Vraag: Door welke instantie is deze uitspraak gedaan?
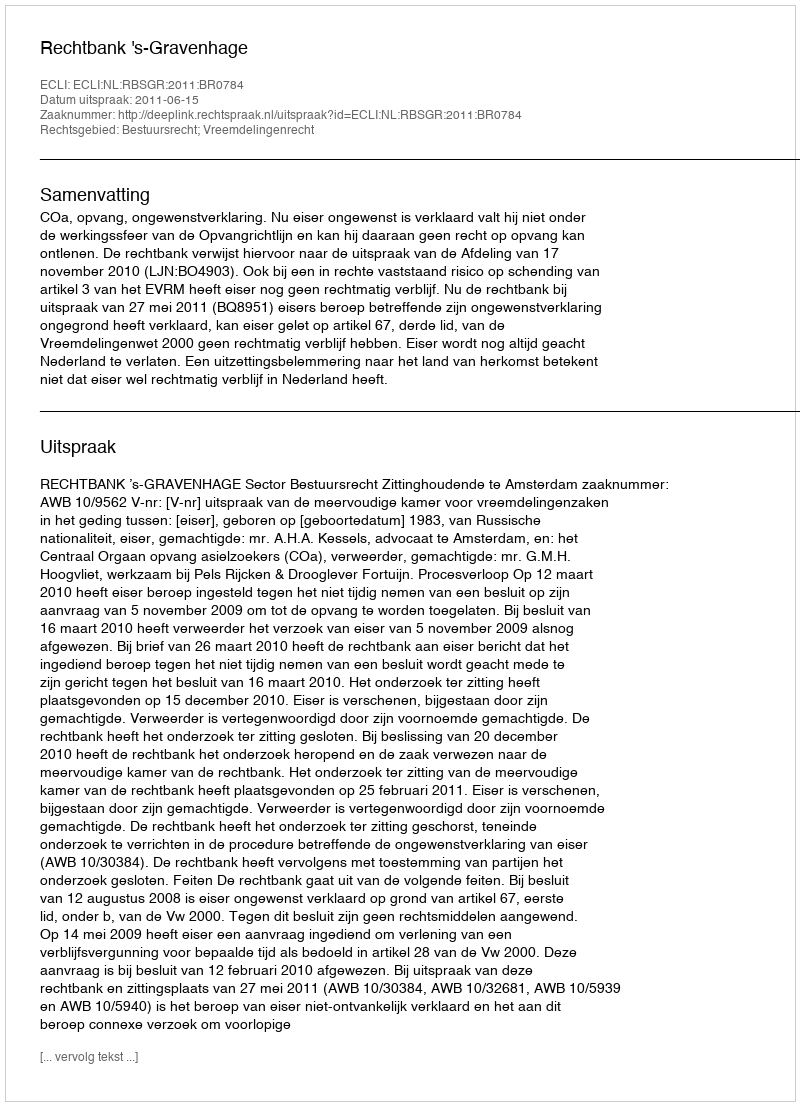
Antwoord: Rechtbank 's-Gravenhage